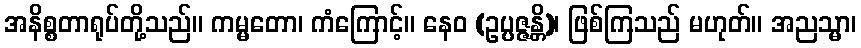
အနိစ္စတာရုပ်တို့သည်။ ကမ္မတော၊ ကံကြောင့်။ နေဝ (ဥပ္ပဇ္ဇန္တိ)၊ ဖြစ်ကြသည် မဟုတ်။ အညသ္မာ၊